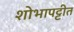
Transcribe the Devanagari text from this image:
शोभापट्टीत